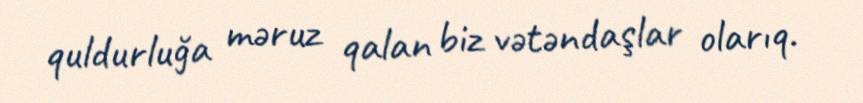
quldurluğa məruz qalan biz vətəndaşlar olarıq.